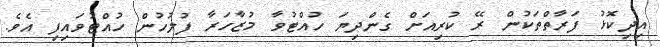
އިދިކޮޅު ފަރާތްތަކުން ރޭ ކުރިއަށް ގެންދިޔަ ހުއްޓުވާ މުޒާހަރާ ފުލުހުން ހުއްޓުވައިފި އެވެ.